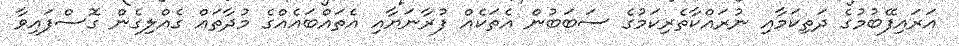
އަރައިފޭބުމުގެ ދަތިކަމާއި ނުރައްކާތެރިކަމުގެ ސަބަބުން އެތަކެއް ފުރާނަޔާއި އެތައްބައެއްގެ މުދާތައް ގެއްލިގެން ގޮސްފައިވާ